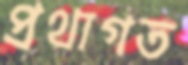
প্রথাগত